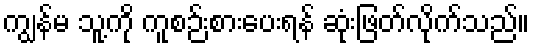
ကျွန်မ သူ့ကို ကူစဉ်းစားပေးရန် ဆုံးဖြတ်လိုက်သည်။